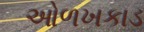
ઓળખકાડ